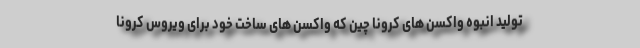
تولید انبوه واکسن های کرونا چین که واکسن های ساخت خود برای ویروس کرونا